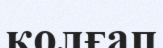
қолғап